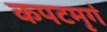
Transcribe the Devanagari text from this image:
कपटमृगं